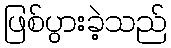
ဖြစ်ပွားခဲ့သည်